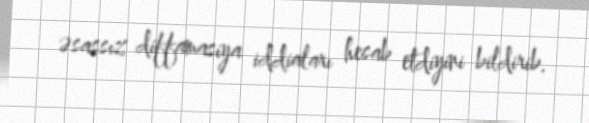
əsassız diffamasiya iddiaları hesab etdiyini bildirib.